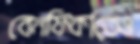
বেনফিকাতেও